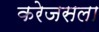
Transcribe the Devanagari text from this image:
करेजसला